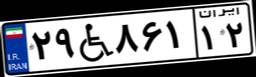
۶۳W۶۸۴۱۵